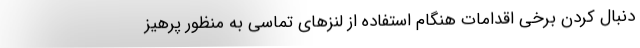
دنبال کردن برخی اقدامات هنگام استفاده از لنزهای تماسی به منظور پرهیز